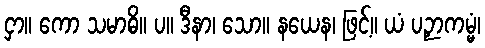
ငှာ။ ကော သမာဓိ။ ပ။ ဒီနာ၊ သော။ နယေန၊ ဖြင့်။ ယံ ပဉှာကမ္မံ၊